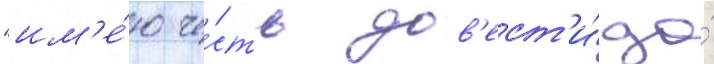
"им'е́ю че́сть дов'ест'и́ до́